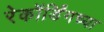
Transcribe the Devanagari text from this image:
रेकॉर्डिंगच्या